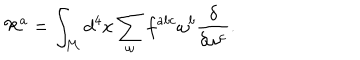
LaTeX: { \cal R } ^ { a } = \int _ { \cal M } d ^ { 4 } x \sum _ { \omega } f ^ { a b c } \omega ^ { b } \frac { \delta } { \delta \omega ^ { c } } .